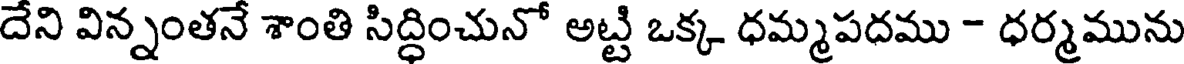
దేని విన్నంతనే శాంతి సిద్ధించునో అట్టి ఒక్క ధమ్మపదము - ధర్మమును